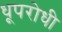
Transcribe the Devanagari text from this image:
धूपरोधी